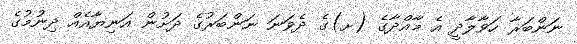
ނަންބަރާ ހަވާލާދީ އެ މާއްދާގެ (ށ)ގެ ދެވަނަ ނަންބަރުގެ ދަށުން އަނިޔާއެއް ދިނުމުގެ